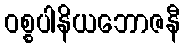
ဝစ္စပါနိယဘောဇနီ